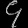
Digit: ၄